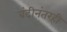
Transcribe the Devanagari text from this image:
बंदीनंतरही